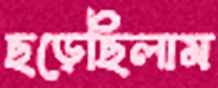
ছড়েছিলাম